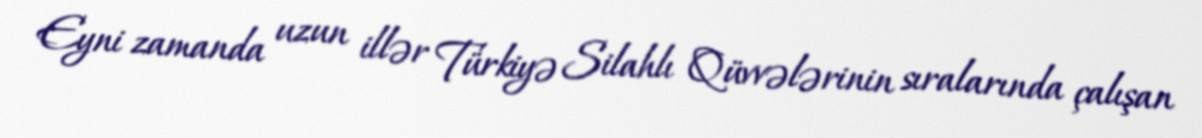
Eyni zamanda uzun illər Türkiyə Silahlı Qüvvələrinin sıralarında çalışan